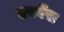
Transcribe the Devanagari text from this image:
एक्वेंस